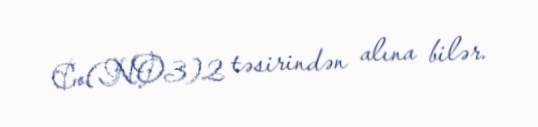
Co(NO3)2 təsirindən alına bilər.